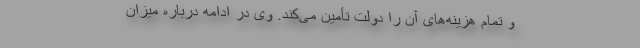
و تمام هزینه‌های آن را دولت تأمین می‌کند. وی در ادامه درباره میزان